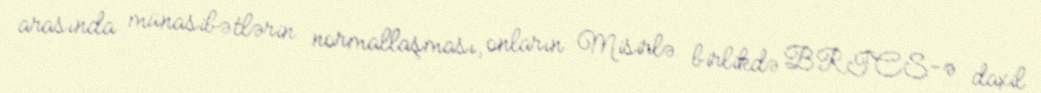
arasında münasibətlərin normallaşması, onların Misirlə birlikdə BRICS-ə daxil